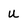
Character: U